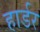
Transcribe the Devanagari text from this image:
हार्डर